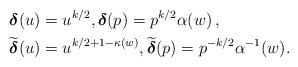
LaTeX: \begin{align*}&\boldsymbol{\delta} (u)=u^{k/2},\boldsymbol{\delta}(p)=p^{k/2}\alpha (w){\,,}\\&\widetilde{\boldsymbol{\delta}} (u)=u^{k/2+1-\kappa (w)},\widetilde{\boldsymbol{\delta}}(p)=p^{-k/2}\alpha^{-1} (w).\end{align*}